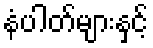
နံပါတ်များနှင့်